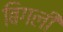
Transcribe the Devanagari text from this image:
बिगली